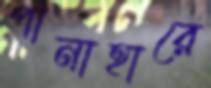
পানাহারে